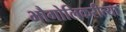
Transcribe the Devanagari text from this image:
भौगोलिकरीत्या